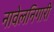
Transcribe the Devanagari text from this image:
नावेलनिगारी